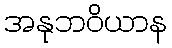
အနုဘဝိယာန